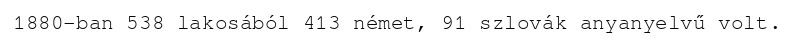
1880-ban 538 lakosából 413 német, 91 szlovák anyanyelvű volt.